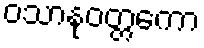
ဝသာနုဝတ္တကော